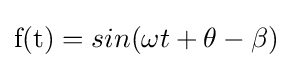
{\mbox{f(t)}}=sin(\omega t+\theta -\beta )